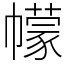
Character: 幪